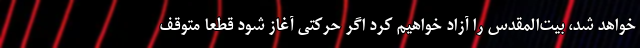
خواهد شد، بیت‌المقدس را آزاد خواهیم کرد اگر حرکتی آغاز شود قطعا متوقف